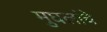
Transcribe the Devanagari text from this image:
मुघलांचे